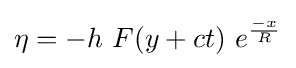
\eta =-h\ F(y+ct)\ e^{\frac {-x}{R}}